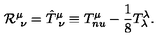
{ \cal R } _ { \ \nu } ^ { \mu } = { \hat { T } } _ { \ \nu } ^ { \mu } \equiv T _ { n u } ^ { \mu } - { \frac { 1 } { 8 } } T _ { \lambda } ^ { \lambda } .